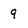
Character: 9